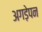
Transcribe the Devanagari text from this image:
अगड़ेपन